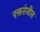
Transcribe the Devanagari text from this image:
रक्तरंजीत